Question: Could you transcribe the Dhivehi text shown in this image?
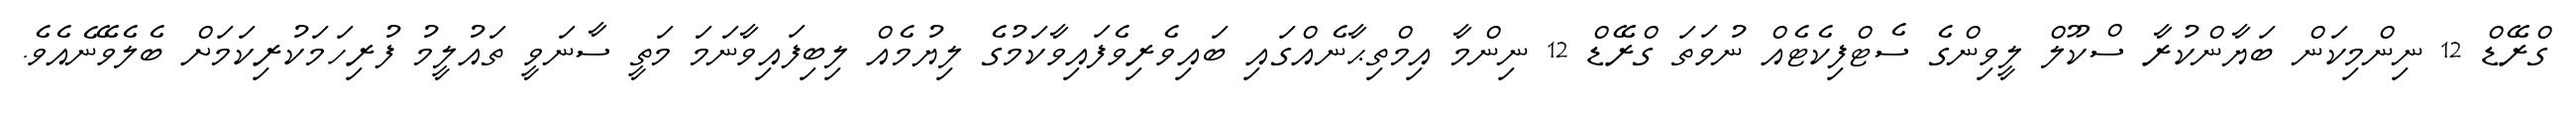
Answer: ގްރޭޑް 12 ނިންމިކަން ބަޔާންކުރާ ސްކޫލް ލީވިންގެ ސެޓްފިކެޓެއް ނުވަތަ ގްރޭޑް 12 ނިންމާ އިމްތިޙާނެއްގައި ބައިވެރިވެފައިވާކަމުގެ ލިޔުމެއް ލިބިފައިވާނަމަ މަތީ ސާނަވީ ތައުލީމު ފުރިހަމަކުރިކަމަށް ބެލެވޭނެއެވެ.